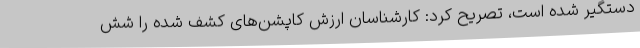
دستگیر شده است، تصریح کرد: کارشناسان ارزش کاپشن‌های کشف شده را شش